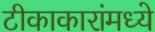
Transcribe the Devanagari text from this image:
टीकाकारांमध्ये